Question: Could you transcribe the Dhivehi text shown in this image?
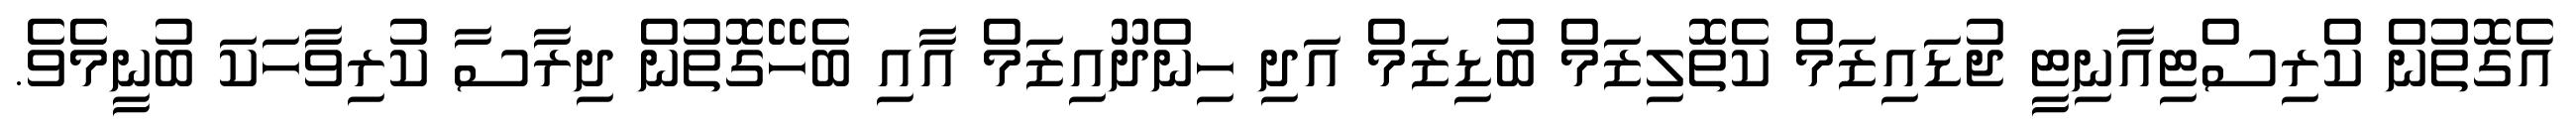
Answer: އެގޮތުން ކްރިސްޓިއާނިޓީ ޖުޑައިޒަމް ކެތޮލިޒަމް ބުޑިޒަމް އަދި ހިންދޫއިޒަމް އާއި ބެހޭގޮތުން ދިރާސާ ކުރިވާހަކަ ބުނީމެވެ.